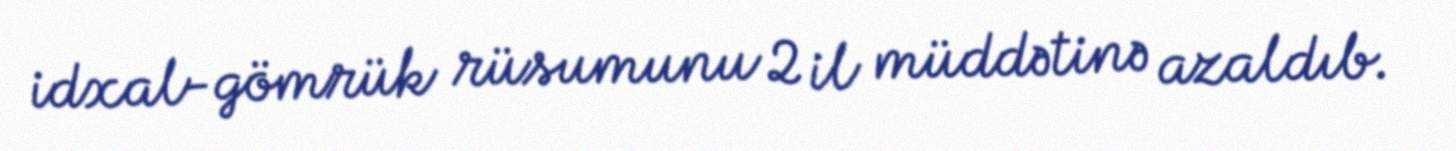
idxal-gömrük rüsumunu 2 il müddətinə azaldıb.